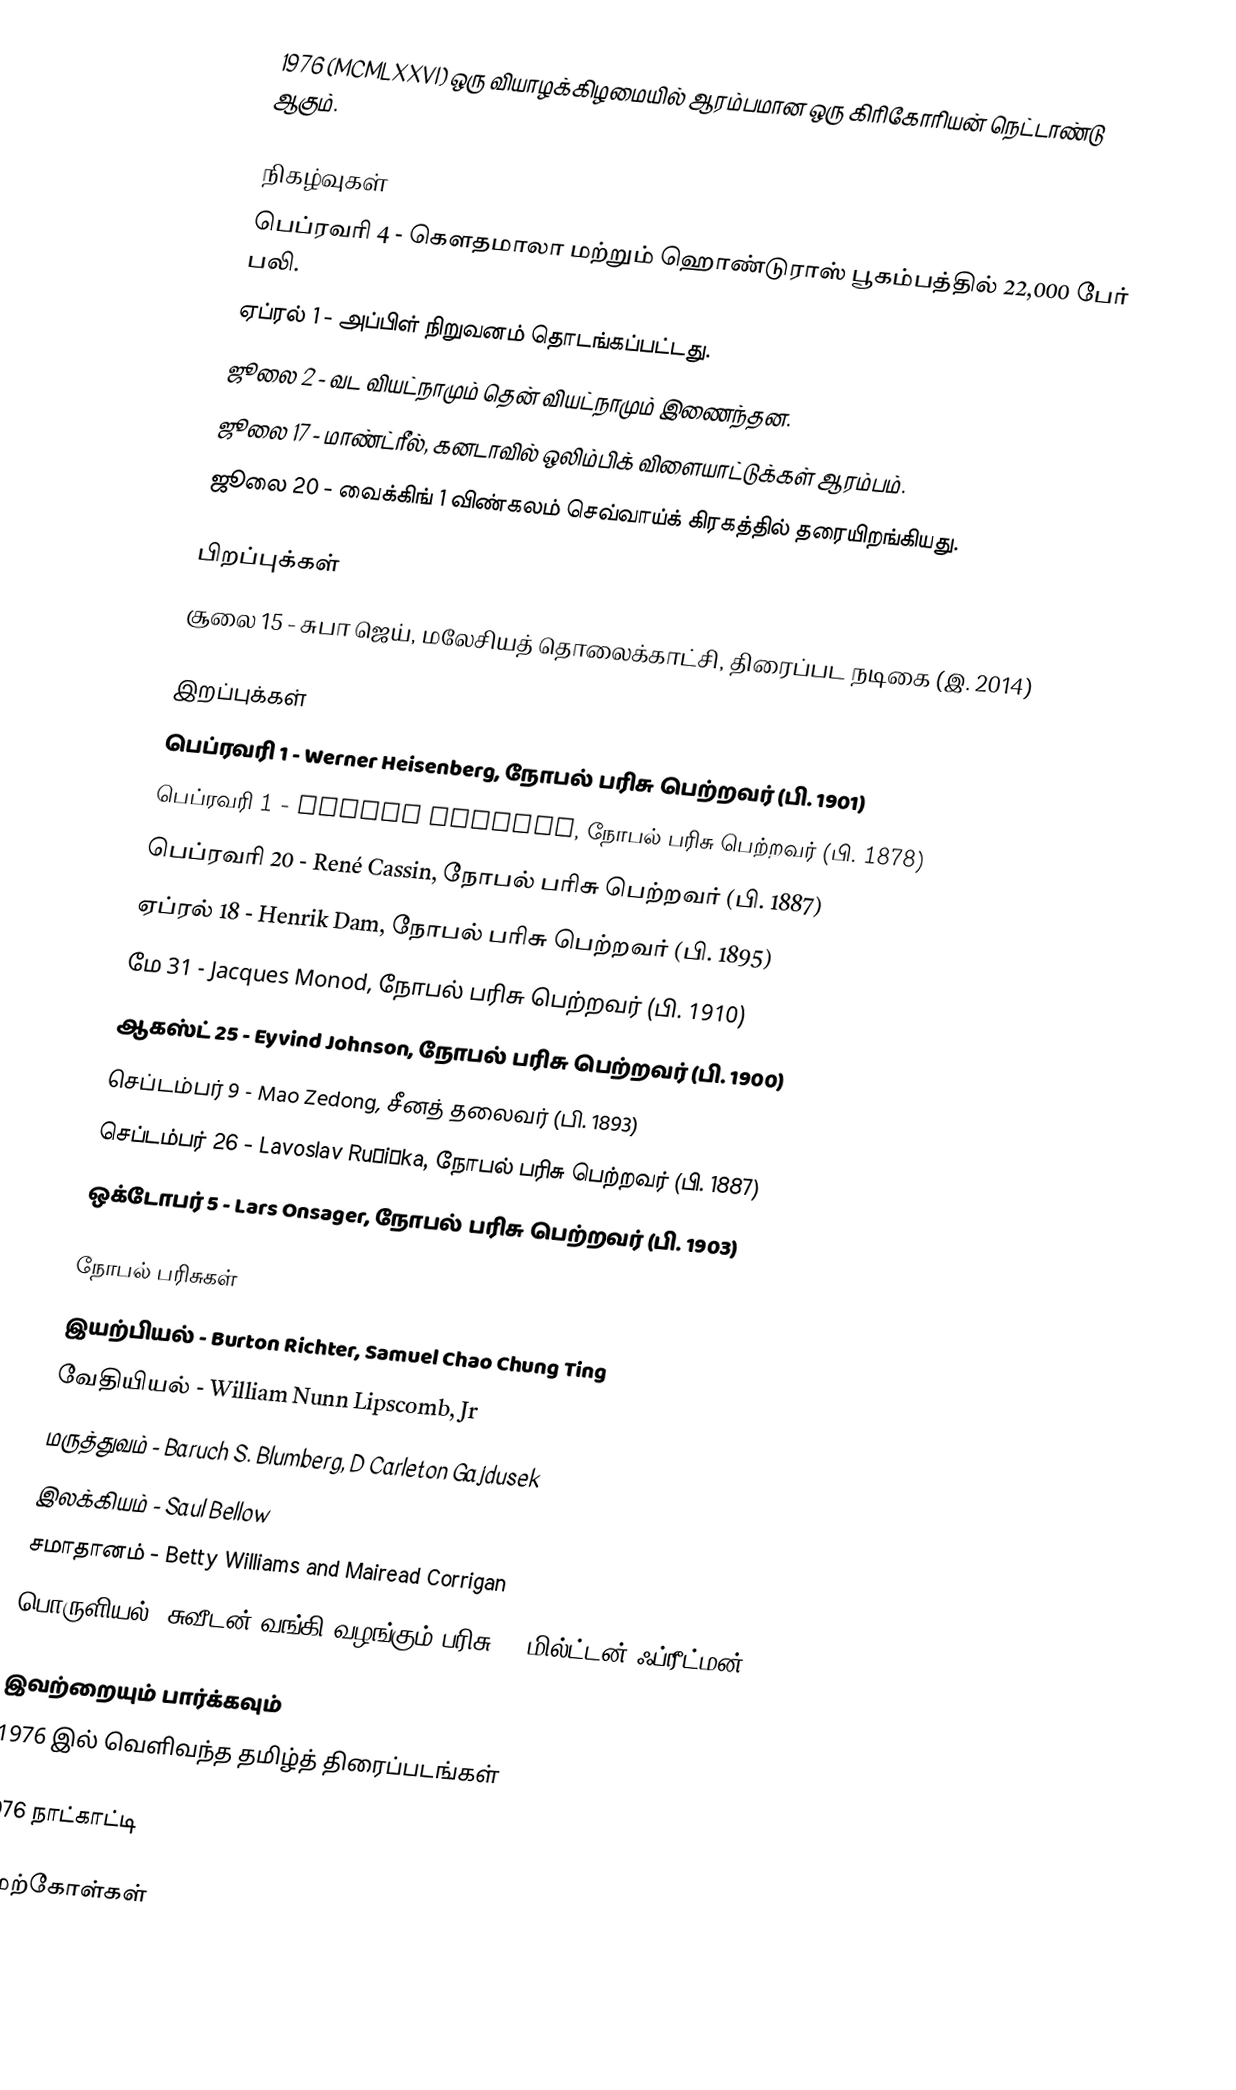
1976  (MCMLXXVI) ஒரு வியாழக்கிழமையில் ஆரம்பமான ஒரு கிரிகோரியன் நெட்டாண்டு ஆகும்.

நிகழ்வுகள்
 பெப்ரவரி 4 - கௌதமாலா மற்றும் ஹொண்டுராஸ் பூகம்பத்தில் 22,000 பேர் பலி.
 ஏப்ரல் 1 - அப்பிள் நிறுவனம் தொடங்கப்பட்டது.
 ஜூலை 2 - வட வியட்நாமும் தென் வியட்நாமும் இணைந்தன.
 ஜூலை 17 - மாண்ட்ரீல், கனடாவில் ஒலிம்பிக் விளையாட்டுக்கள் ஆரம்பம்.
 ஜூலை 20 - வைக்கிங் 1 விண்கலம் செவ்வாய்க் கிரகத்தில் தரையிறங்கியது.

பிறப்புக்கள்
 சூலை 15 - சுபா ஜெய், மலேசியத் தொலைக்காட்சி, திரைப்பட நடிகை (இ. 2014)

இறப்புக்கள்
 பெப்ரவரி 1 - Werner Heisenberg, நோபல் பரிசு பெற்றவர் (பி. 1901)
 பெப்ரவரி 1 - George Whipple, நோபல் பரிசு பெற்றவர் (பி. 1878)
 பெப்ரவரி 20 - René Cassin, நோபல் பரிசு பெற்றவர் (பி. 1887)
 ஏப்ரல் 18 - Henrik Dam, நோபல் பரிசு பெற்றவர் (பி. 1895)
 மே 31 - Jacques Monod, நோபல் பரிசு பெற்றவர் (பி. 1910)
 ஆகஸ்ட் 25 - Eyvind Johnson, நோபல் பரிசு பெற்றவர் (பி. 1900)
 செப்டம்பர் 9 - Mao Zedong, சீனத் தலைவர் (பி. 1893)
 செப்டம்பர் 26 - Lavoslav Ružička, நோபல் பரிசு பெற்றவர் (பி. 1887)
 ஒக்டோபர் 5 - Lars Onsager, நோபல் பரிசு பெற்றவர் (பி. 1903)

நோபல் பரிசுகள்
 இயற்பியல் -  Burton Richter, Samuel Chao Chung Ting
 வேதியியல் - William Nunn Lipscomb, Jr
 மருத்துவம் - Baruch S. Blumberg, D Carleton Gajdusek
 இலக்கியம் - Saul Bellow
 சமாதானம் - Betty Williams and Mairead Corrigan
 பொருளியல் (சுவீடன் வங்கி வழங்கும் பரிசு) - மில்ட்டன் ஃப்ரீட்மன்

இவற்றையும் பார்க்கவும்
 1976 இல் வெளிவந்த தமிழ்த் திரைப்படங்கள்

1976 நாட்காட்டி

மேற்கோள்கள்